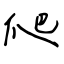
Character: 爬